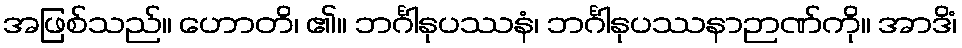
အဖြစ်သည်။ ဟောတိ၊ ၏။ ဘင်္ဂါနုပဿနံ၊ ဘင်္ဂါနုပဿနာဉာဏ်ကို။ အာဒိံ၊